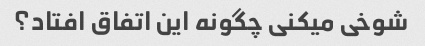
شوخی میکنی چگونه این اتفاق افتاد؟